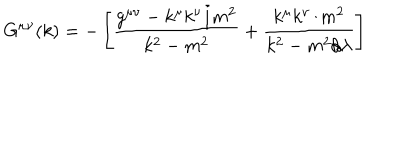
G ^ { \mu \nu } ( k ) = - \left[ \frac { g ^ { \mu \nu } - k ^ { \mu } k ^ { \nu } / m ^ { 2 } } { k ^ { 2 } - m ^ { 2 } } + \frac { k ^ { \mu } k ^ { \nu } / m ^ { 2 } } { k ^ { 2 } - m ^ { 2 } / \lambda } \right]